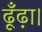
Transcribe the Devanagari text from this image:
ढूँढ़ा।